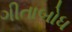
ગીતાબોધ